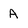
Character: A